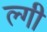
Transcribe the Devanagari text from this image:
ल्गी